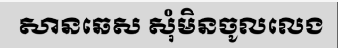
សានឆេស សុំមិនចូលលេង